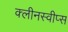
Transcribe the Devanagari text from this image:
क्लीनस्वीप्स